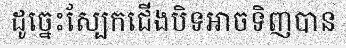
ដូច្នេះស្បែកជើងបិទអាចទិញបាន